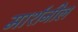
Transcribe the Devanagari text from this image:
मार्शनील